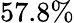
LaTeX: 57.8\%